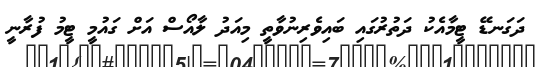
ދަގަނޑޭ ޓީމާއެކު ދަތުރުގައި ބައިވެރިނުވާތީ މިއަދު ލާއޯސް އަށް ގައުމީ ޓީމު ފުރާނީ